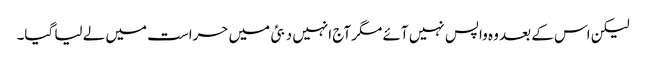
لیکن اس کے بعد وہ واپس نہیں آئے مگر آج انہیں دبئی میں حراست میں لے لیا گیا۔